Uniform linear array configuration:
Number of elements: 16
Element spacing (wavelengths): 1
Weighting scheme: cosine
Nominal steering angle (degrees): -60
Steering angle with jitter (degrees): -61.609
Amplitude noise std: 0.05
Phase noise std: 0.05

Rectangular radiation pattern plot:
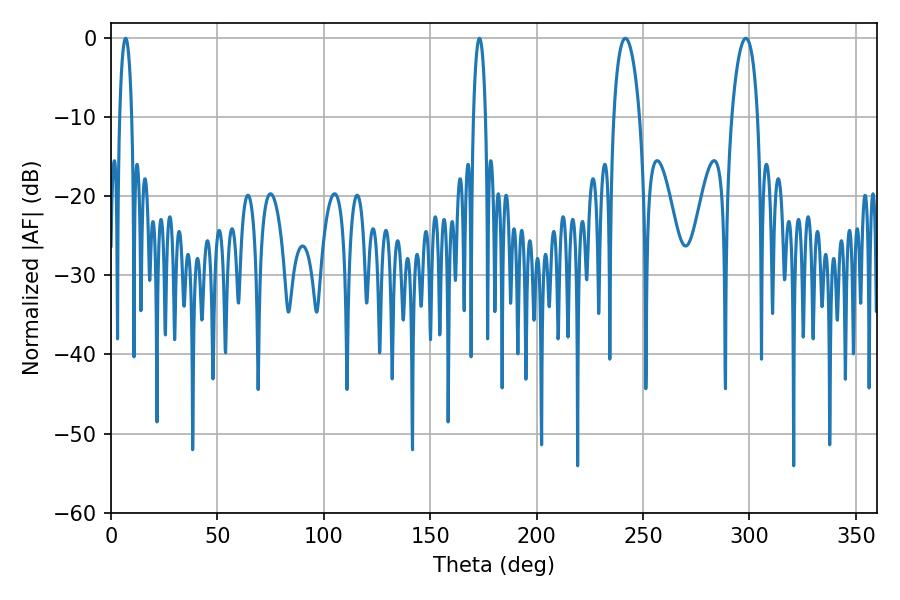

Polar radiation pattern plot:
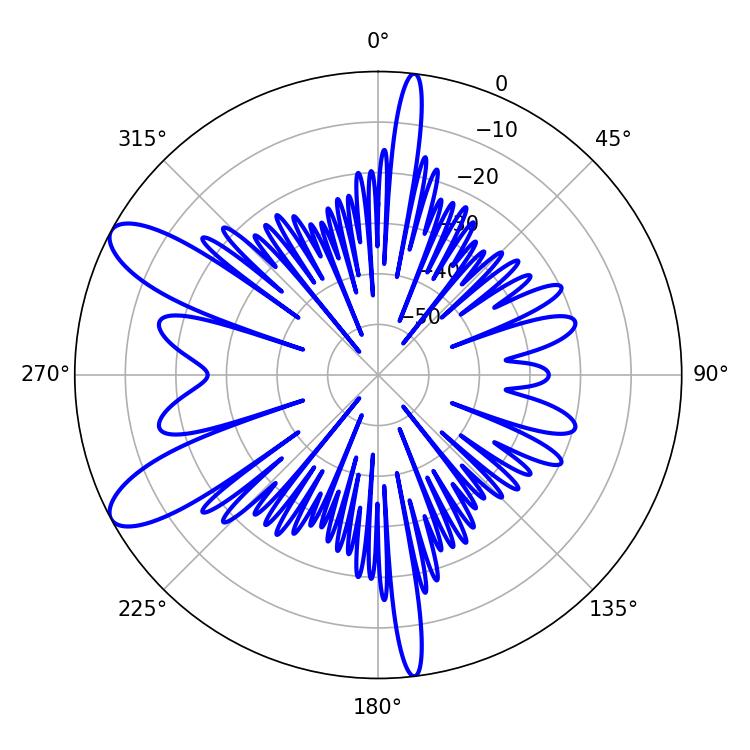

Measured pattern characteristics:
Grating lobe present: TRUE
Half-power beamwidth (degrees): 6.84
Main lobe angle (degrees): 241.74